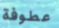
عطوفة